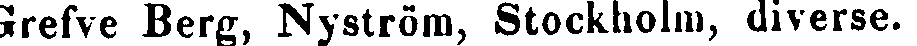
Grefve Berg, Nyström, Stockholm, diverse.